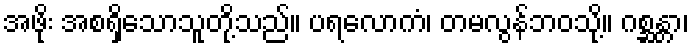
အဖိုး အစရှိသောသူတို့သည်။ ပရလောကံ၊ တမလွန်ဘဝသို့။ ဂစ္ဆန္တာ၊